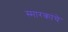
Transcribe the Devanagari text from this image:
स्मारकांचे